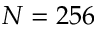
N = 2 5 6